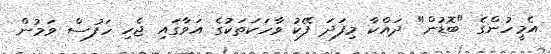
އެމީހުންގެ "ބޮޑުން" ދައްކާ މިފަދަ ފޭކު ވާހަކަތަކުގެ އަވާގައި ޖެހި ހަފުސް ވަމުން